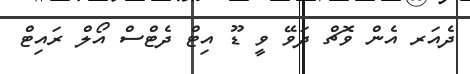
ދެއަރ އެން ވޮޗް ދަވޭ ވީ ޑޫ އިޓް ދެޓްސް އޯލް ރައިޓް